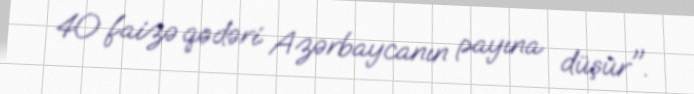
40 faizə qədəri Azərbaycanın payına düşür".